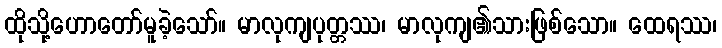
ထိုသို့ဟောတော်မူခဲ့သော်။ မာလုကျပုတ္တဿ၊ မာလုကျ၏သားဖြစ်သော။ ထေရဿ၊